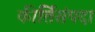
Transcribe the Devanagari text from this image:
कीर्तिसंपदा